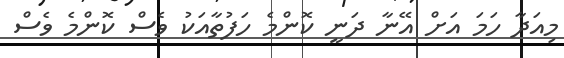
މިއަދާ ހަމަ އަށް އޭނާ ދަނީ ކޮންމެ ހަފުތާއަކު ވެސް ކޮންމެ ވެސް